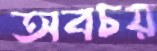
অবচয়